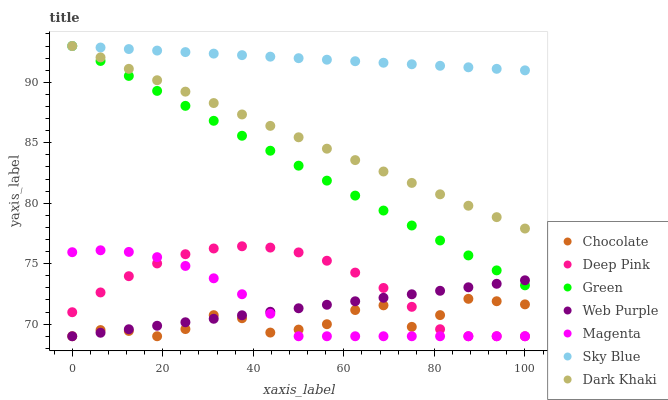
| xaxis_label | Chocolate | Deep Pink | Green | Web Purple | Magenta | Sky Blue | Dark Khaki |
 | --- | --- | --- | --- | --- | --- | --- | --- |
 | 0 | 69 | 71 | 93 | 69 | 76 | 93 | 93 |
 | 6.25 | 69.5 | 72.6 | 91.8 | 69.3 | 76.1 | 92.9 | 92.1 |
 | 12.5 | 69.4 | 74 | 90.5 | 69.6 | 76 | 92.7 | 91.1 |
 | 18.8 | 69 | 75 | 89.3 | 69.9 | 75.5 | 92.6 | 90.2 |
 | 25 | 69.6 | 75.8 | 88.1 | 70.2 | 74.8 | 92.5 | 89.2 |
 | 31.2 | 70.7 | 76.3 | 86.8 | 70.4 | 73.8 | 92.4 | 88.3 |
 | 37.5 | 70.5 | 76.4 | 85.6 | 70.7 | 72.5 | 92.2 | 87.3 |
 | 43.8 | 69.3 | 76.3 | 84.3 | 71 | 70.9 | 92.1 | 86.4 |
 | 50 | 69.6 | 75.9 | 83.1 | 71.3 | 69 | 92 | 85.5 |
 | 56.2 | 70 | 75.2 | 81.9 | 71.6 | 69 | 91.9 | 84.5 |
 | 62.5 | 71.2 | 74.3 | 80.6 | 71.9 | 69 | 91.7 | 83.6 |
 | 68.8 | 71.6 | 73 | 79.4 | 72.2 | 69 | 91.6 | 82.6 |
 | 75 | 69.8 | 71.4 | 78.2 | 72.5 | 69 | 91.5 | 81.7 |
 | 81.2 | 70.7 | 69.6 | 76.9 | 72.8 | 69 | 91.4 | 80.7 |
 | 87.5 | 72.1 | 69 | 75.7 | 73 | 69 | 91.2 | 79.8 |
 | 93.8 | 71.9 | 69 | 74.4 | 73.3 | 69 | 91.1 | 78.8 |
 | 100 | 71.6 | 69 | 73.2 | 73.6 | 69 | 91 | 77.9 |